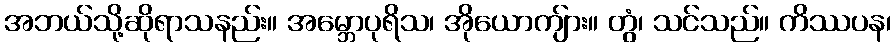
အဘယ်သို့ဆိုရာသနည်း။ အမ္ဘောပုရိသ၊ အိုယောကျ်ား။ တွံ၊ သင်သည်။ ကိဿပန၊